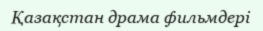
Қазақстан драма фильмдері